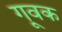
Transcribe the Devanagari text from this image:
गूवक